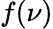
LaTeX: f(\nu)